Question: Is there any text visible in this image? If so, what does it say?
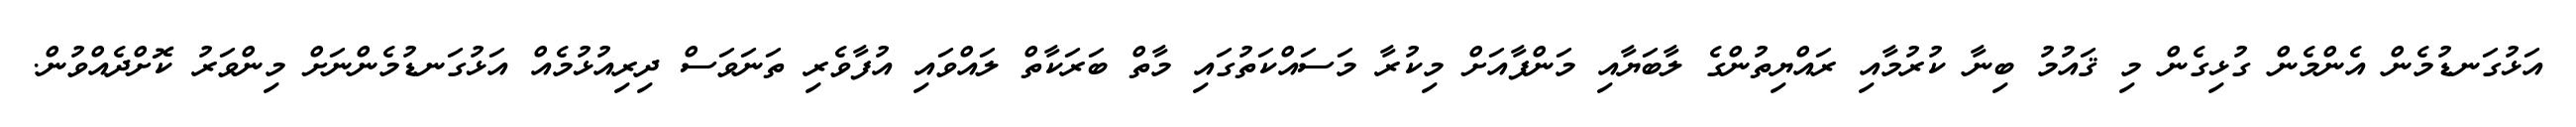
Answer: އަޅުގަނޑުމެން އެންމެން ގުޅިގެން މި ޤައުމު ބިނާ ކުރުމާއި ރައްޔިތުންގެ ލާބަޔާއި މަންފާއަށް މިކުރާ މަސައްކަތުގައި މާތް ބަރަކާތް ލައްވައި އުފާވެރި ތަނަވަސް ދިރިއުޅުމެއް އަޅުގަނޑުމެންނަށް މިންވަރު ކޮށްދެއްވުން.